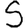
Digit: 5